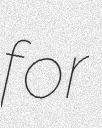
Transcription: for